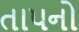
તાપનો